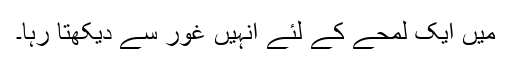
میں ایک لمحے کے لئے انہیں غور سے دیکھتا رہا۔